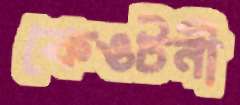
কেওটনী